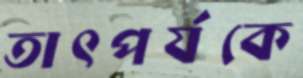
তাৎপর্যকে